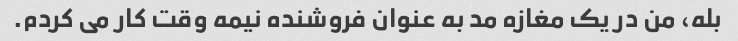
بله، من در یک مغازه مد به عنوان فروشنده نیمه وقت کار می کردم.